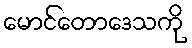
မောင်တောဒေသကို